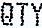
QTY